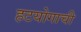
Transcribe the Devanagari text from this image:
हटयोगाची